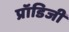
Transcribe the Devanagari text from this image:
प्रॉडिजी